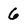
Character: 6